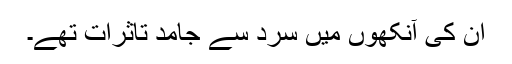
ان کی آنکھوں میں سرد سے جامد تاثرات تھے۔